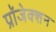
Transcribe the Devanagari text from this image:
प्रॉजेक्शन